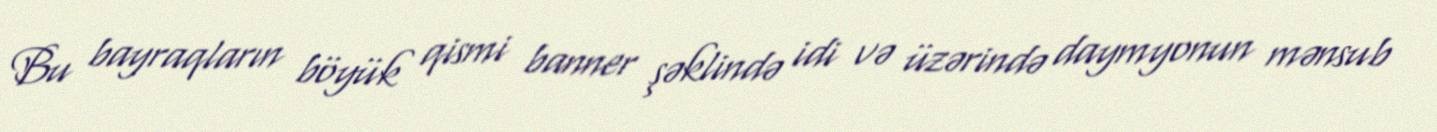
Bu bayraqların böyük qismi banner şəklində idi və üzərində daymyonun mənsub